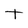
Character: t